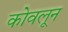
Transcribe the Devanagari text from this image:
कोवलून